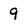
Character: 9